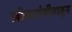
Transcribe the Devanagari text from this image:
लोकसंगीतातून